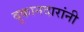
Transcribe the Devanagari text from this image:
दुकानदारांनी